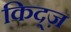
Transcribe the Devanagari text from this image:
किद्ज़